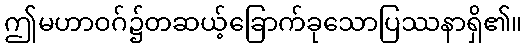
ဤမဟာဝဂ်၌တဆယ့်ခြောက်ခုသောပြဿနာရှိ၏။